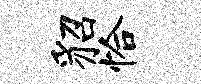
貂恰